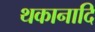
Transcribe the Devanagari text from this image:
थकानादि